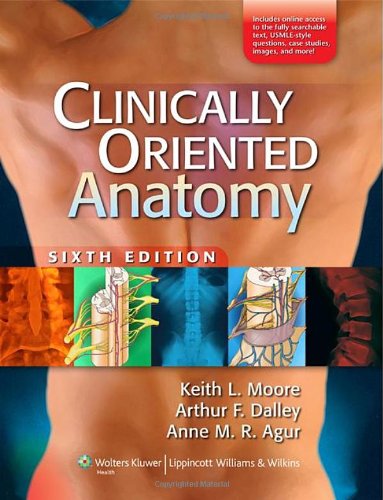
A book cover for Clinically Oriented Anatomy, 6th Edition; Keith L. Moore; Medical Books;